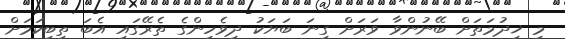
މި ޚިދުމަތަށް ބޭނުންވާ ވަރަށް ގިނަ ބަޔަކު ދިވެހިންގެ ތެރޭގައި އެބަ ތިބިކަމަށް